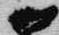
御